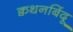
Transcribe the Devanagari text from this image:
क्वथनबिंदू